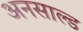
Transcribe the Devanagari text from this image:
अनसाल्ड